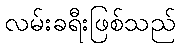
လမ်းခရီးဖြစ်သည်